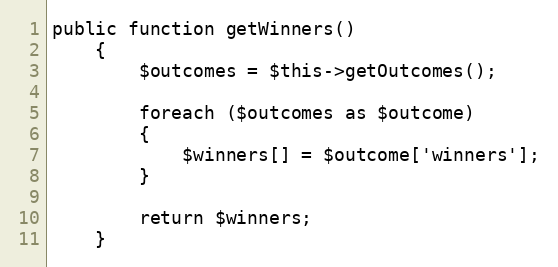
Language: PHP
public function getWinners()
    {
        $outcomes = $this->getOutcomes();

        foreach ($outcomes as $outcome)
        {
            $winners[] = $outcome['winners'];
        }

        return $winners;
    }